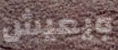
ويعيش